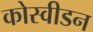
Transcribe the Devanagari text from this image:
कोस्वीडन